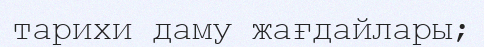
тарихи даму жағдайлары;